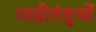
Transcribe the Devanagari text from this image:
नाड़ीतंतुओं